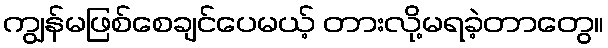
ကျွန်မဖြစ်စေချင်ပေမယ့် တားလို့မရခဲ့တာတွေ။